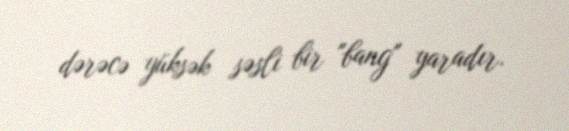
dərəcə yüksək səsli bir "bang" yaradır.